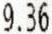
9.36